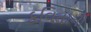
કવિતાની